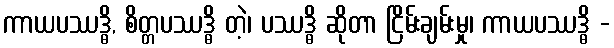
ကာယပဿဒ္ဓိ, စိတ္တပဿဒ္ဓိ တဲ့၊ ပဿဒ္ဓိ ဆိုတာ ငြိမ်းချမ်းမှု၊ ကာယပဿဒ္ဓိ -